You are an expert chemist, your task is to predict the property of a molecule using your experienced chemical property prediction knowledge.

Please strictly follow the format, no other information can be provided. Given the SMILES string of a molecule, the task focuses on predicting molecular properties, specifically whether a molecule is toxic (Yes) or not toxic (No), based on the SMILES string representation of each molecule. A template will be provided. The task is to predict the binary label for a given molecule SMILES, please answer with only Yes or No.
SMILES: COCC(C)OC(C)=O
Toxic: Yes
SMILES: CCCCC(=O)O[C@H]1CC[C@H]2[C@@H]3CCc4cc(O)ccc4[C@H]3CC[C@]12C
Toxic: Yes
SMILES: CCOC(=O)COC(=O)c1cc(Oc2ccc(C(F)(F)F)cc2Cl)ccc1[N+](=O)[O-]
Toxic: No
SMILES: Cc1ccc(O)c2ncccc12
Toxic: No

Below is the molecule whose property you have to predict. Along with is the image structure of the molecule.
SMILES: Nc1nc(Cl)nc2c1ncn2[C@@H]1O[C@H](CO)[C@@H](O)[C@@H]1F
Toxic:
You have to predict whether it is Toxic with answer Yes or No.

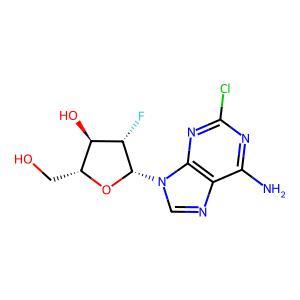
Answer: No